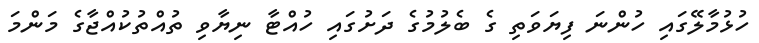
ހުޅުމާލޭގައި ހުންނަ ފިޔަވަތި ގެ ބެލުމުގެ ދަށުގައި ހުއްޓާ ނިޔާވި ތުއްތުކުއްޖާގެ މަންމަ